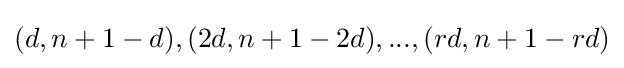
(d,n+1-d),(2d,n+1-2d),...,(rd,n+1-rd)